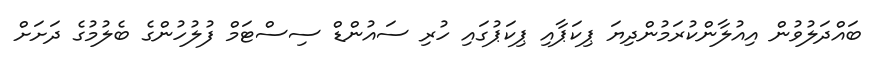
ބައްދަލުވުން އިއުލާންކުރަމުންދިޔަ ޕިކަޕާއި ޕިކަޕުގައި ހުރި ސައުންޑް ސިސްޓަމް ފުލުހުންގެ ބެލުމުގެ ދަށަށް